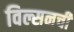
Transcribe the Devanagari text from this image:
विल्सनची